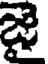
జై